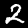
Digit: 2